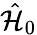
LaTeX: \hat{\mathcal{H}}_{0}